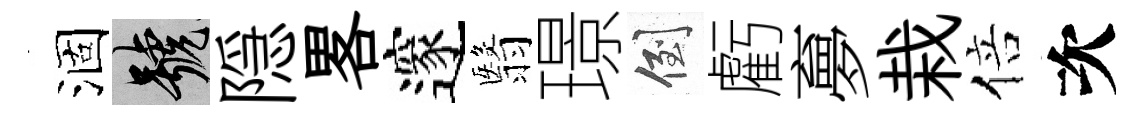
涸號隠畧邃翳璟倒虧夣栽倍次